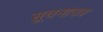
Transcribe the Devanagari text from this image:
सूचनापत्र